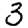
Digit: 3